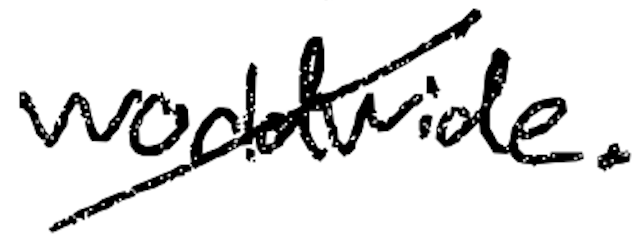
Text: worldwide.
Cross-out: diagonal
Writing tool: digital_black